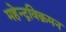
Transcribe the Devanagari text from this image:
महेन्द्रविक्रमन